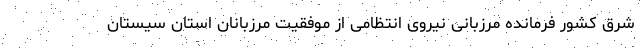
شرق کشور فرمانده مرزبانی نیروی انتظامی از موفقیت مرزبانان استان سیستان